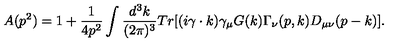
A ( p ^ { 2 } ) = 1 + \frac { 1 } { 4 p ^ { 2 } } \int \frac { d ^ { 3 } k } { ( 2 \pi ) ^ { 3 } } T r \lbrack ( i \gamma \cdot k ) \gamma _ { \mu } G ( k ) \Gamma _ { \nu } ( p , k ) D _ { \mu \nu } ( p - k ) \rbrack .